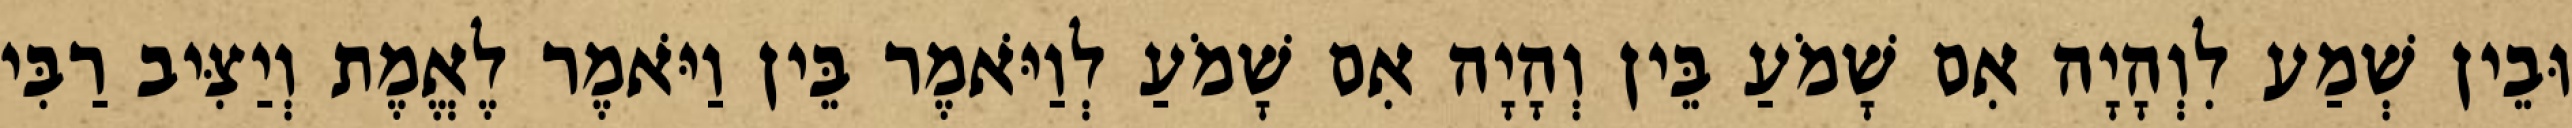
וּבֵין שְׁמַע לִוְהָיָה אִם שָׁמֹעַ בֵּין וְהָיָה אִם שָׁמֹעַ לְוַיֹּאמֶר בֵּין וַיֹּאמֶר לֶאֱמֶת וְיַצִּיב רַבִּי